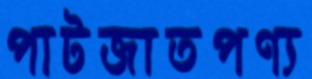
পাটজাতপণ্য